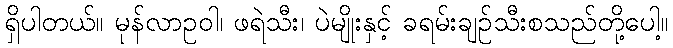
ရှိပါတယ်။ မုန်လာဥဝါ၊ ဖရဲသီး၊ ပဲမျိုးနှင့် ခရမ်းချဉ်သီးစသည်တို့ပေါ့။